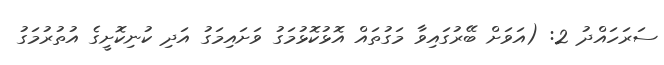
ސަރަހައްދު 2: (އަވަށް ބޭރުގައިވާ މަގުތައް އޮޅުކޮޅުމަގު ވަށައިމަގު އަދި ކުނިކޮށީގެ އުތުރުމަގު